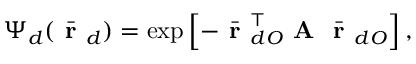
\Psi _ { d } ( \bar { \textbf { r } } _ { d } ) = \exp \left[ - \bar { \textbf { r } } _ { d O } ^ { \top } \textbf { A } \bar { \textbf { r } } _ { d O } \right] ,